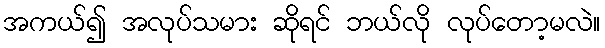
အကယ်၍ အလုပ်သမား ဆိုရင် ဘယ်လို လုပ်တော့မလဲ။